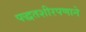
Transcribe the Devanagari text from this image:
पद्धतशीरपणाने